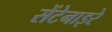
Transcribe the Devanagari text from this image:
सेंटेनाइरे